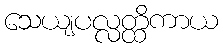
သေယျပလ္လတ္ထိကာယ